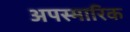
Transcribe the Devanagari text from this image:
अपस्मारिक